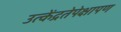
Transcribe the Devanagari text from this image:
उत्केंद्रतेपेक्षापण